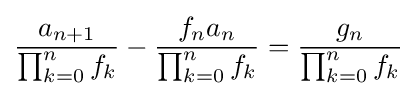
{\frac {a_{n+1}}{\prod _{k=0}^{n}f_{k}}}-{\frac {f_{n}a_{n}}{\prod _{k=0}^{n}f_{k}}}={\frac {g_{n}}{\prod _{k=0}^{n}f_{k}}}